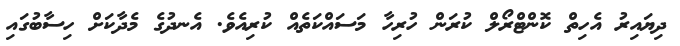
ދިޔައިރު އެހިތް ކޮންޓްރޯލް ކުރަން ހުރިހާ މަސައްކަތެއް ކުރިއެވެ. އެނދުގެ މެދާކަށް ހިސާބުގައި